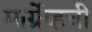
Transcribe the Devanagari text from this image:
मार्ग्रेव्हची